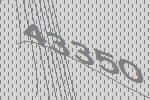
43350